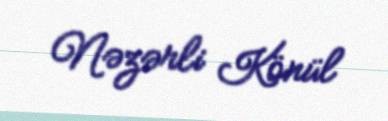
Nəzərli Könül